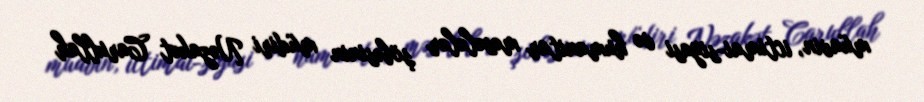
müavin, ictimai-siyasi və humanitar məsələlər şöbəsinin müdiri Nəzakət Carullah